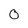
Character: 0